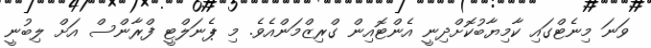
ވަނަ މިނެޓްގައި ކާމިޔާބުކޮށްދިނީ އެންޓޮއިން ގްރިޒްމަންއެވެ. މި ޕެނަލްޓީ ފްރާންސް އަށް ލިބުނީ